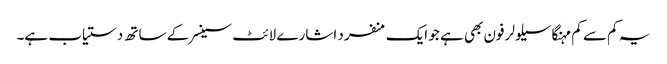
یہ کم سے کم مہنگا سیلولر فون بھی ہے جو ایک منفرد اشارے لائٹ سینسر کے ساتھ دستیاب ہے۔